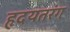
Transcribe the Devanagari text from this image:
हृदयतरंग